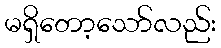
မရှိတော့သော်လည်း